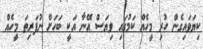
ކިޔަވައިގެން ހުރި މީހެއް ކަމުގައި ވިޔަސް އޭނާ އަކީ ބަހަށް ނުފަރިތަ މީހެއް